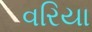
વરિયા